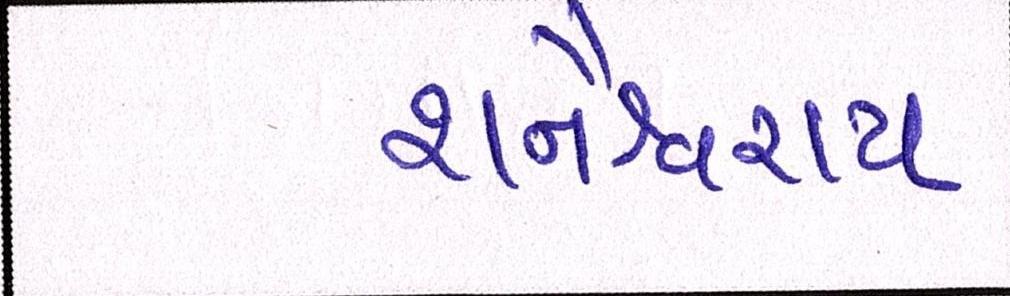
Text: શનૈશ્ચરાય